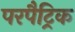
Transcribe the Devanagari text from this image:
परपैट्रिक